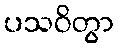
ပသဝိတွာ